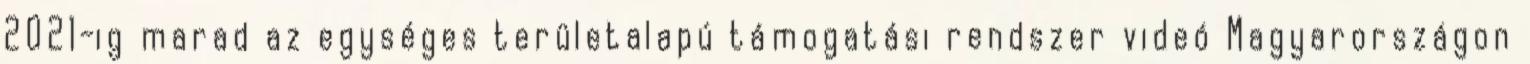
2021-ig marad az egységes területalapú támogatási rendszer videó Magyarországon